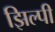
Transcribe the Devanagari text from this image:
झिल्पी